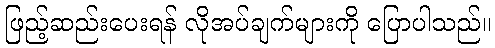
ဖြည့်ဆည်းပေးရန် လိုအပ်ချက်များကို ပြောပါသည်။